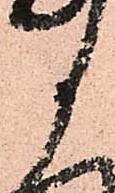
候